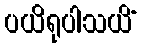
ပယိရုပါသယိံ